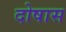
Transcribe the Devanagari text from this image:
दोषास